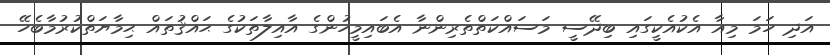
އަދި ހަމަ މިއާ އެކުއެކީގައި ބިދޭސީ މަސައްކަތްތެރިންނާ އެބައިމީހުންގެ އާއިލާތަކުގެ ޙައްޤުތައް ޙިމާޔަތްކުރުމާބެހޭ